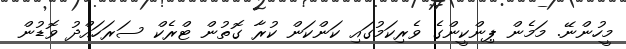
މީހުންނޭ. މަމެން ޕިންކީންގެ ވެރިކަމުގައި ކަންކަން ކުރާ ގޮތުން ޓްރެކް ސަރަހައްދު ވޮޑުން